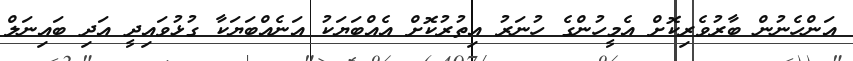
އަންހެނުން ބާރުވެރިކޮށް އެމީހުންގެ ހުނަރު އިތުރުކޮށް އެއްބަޔަކު އަނެއްބަޔަކާ ގުޅުވައިދީ އަދި ބައިނަލް